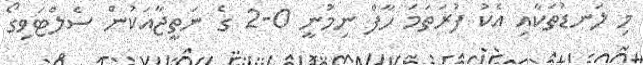
މި ލަނޑުތަކާއި އެކު ފުރަތަމަ ހާފް ނިމުނީ 0-2 ގެ ނަތީޖާއަކުން ސެލްޓަވިގޯ